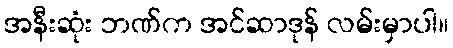
အနီးဆုံး ဘဏ်က အင်ဆာဒုန် လမ်းမှာပါ။